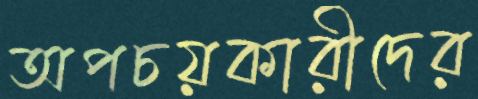
অপচয়কারীদের